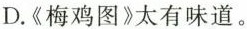
D.《梅鸡图》太有味道了。